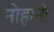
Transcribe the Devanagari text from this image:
नोहानी